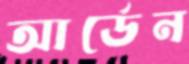
আর্ডেন